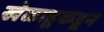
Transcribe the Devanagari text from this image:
खेळाडूकडून